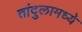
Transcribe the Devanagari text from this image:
तांदुलामध्ये